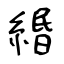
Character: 緡